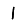
Digit: 1